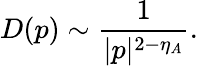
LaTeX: D(p)\sim\frac{1}{|p|^{2-\eta_{A}}}.